Indian journal of veterinary science and animal husbandry - Volume 12,
Year: 1942
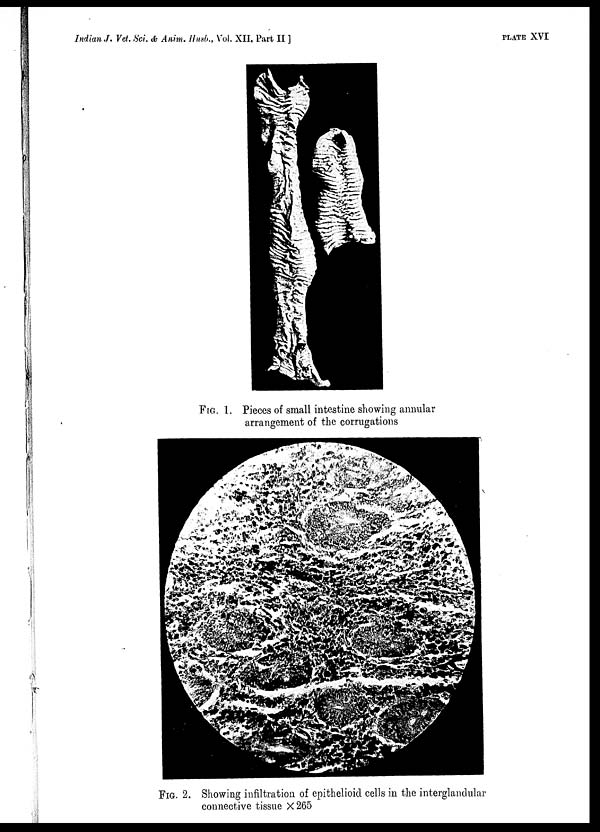
Indian J. Vet. Sci. & Anim. Husb., Vol. XII, Part II
]
PLATE
XVI
FIG. 1. Pieces of small intestine showing annular
arrangement of the corrugations
FIG. 2. Showing infiltration of epithelioid cells in the interglandular
connective tissue × 265